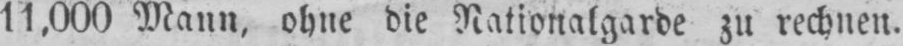
11,000 Mann, ohne die Nationalgarde zu rechnen.